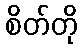
စိတ်တို